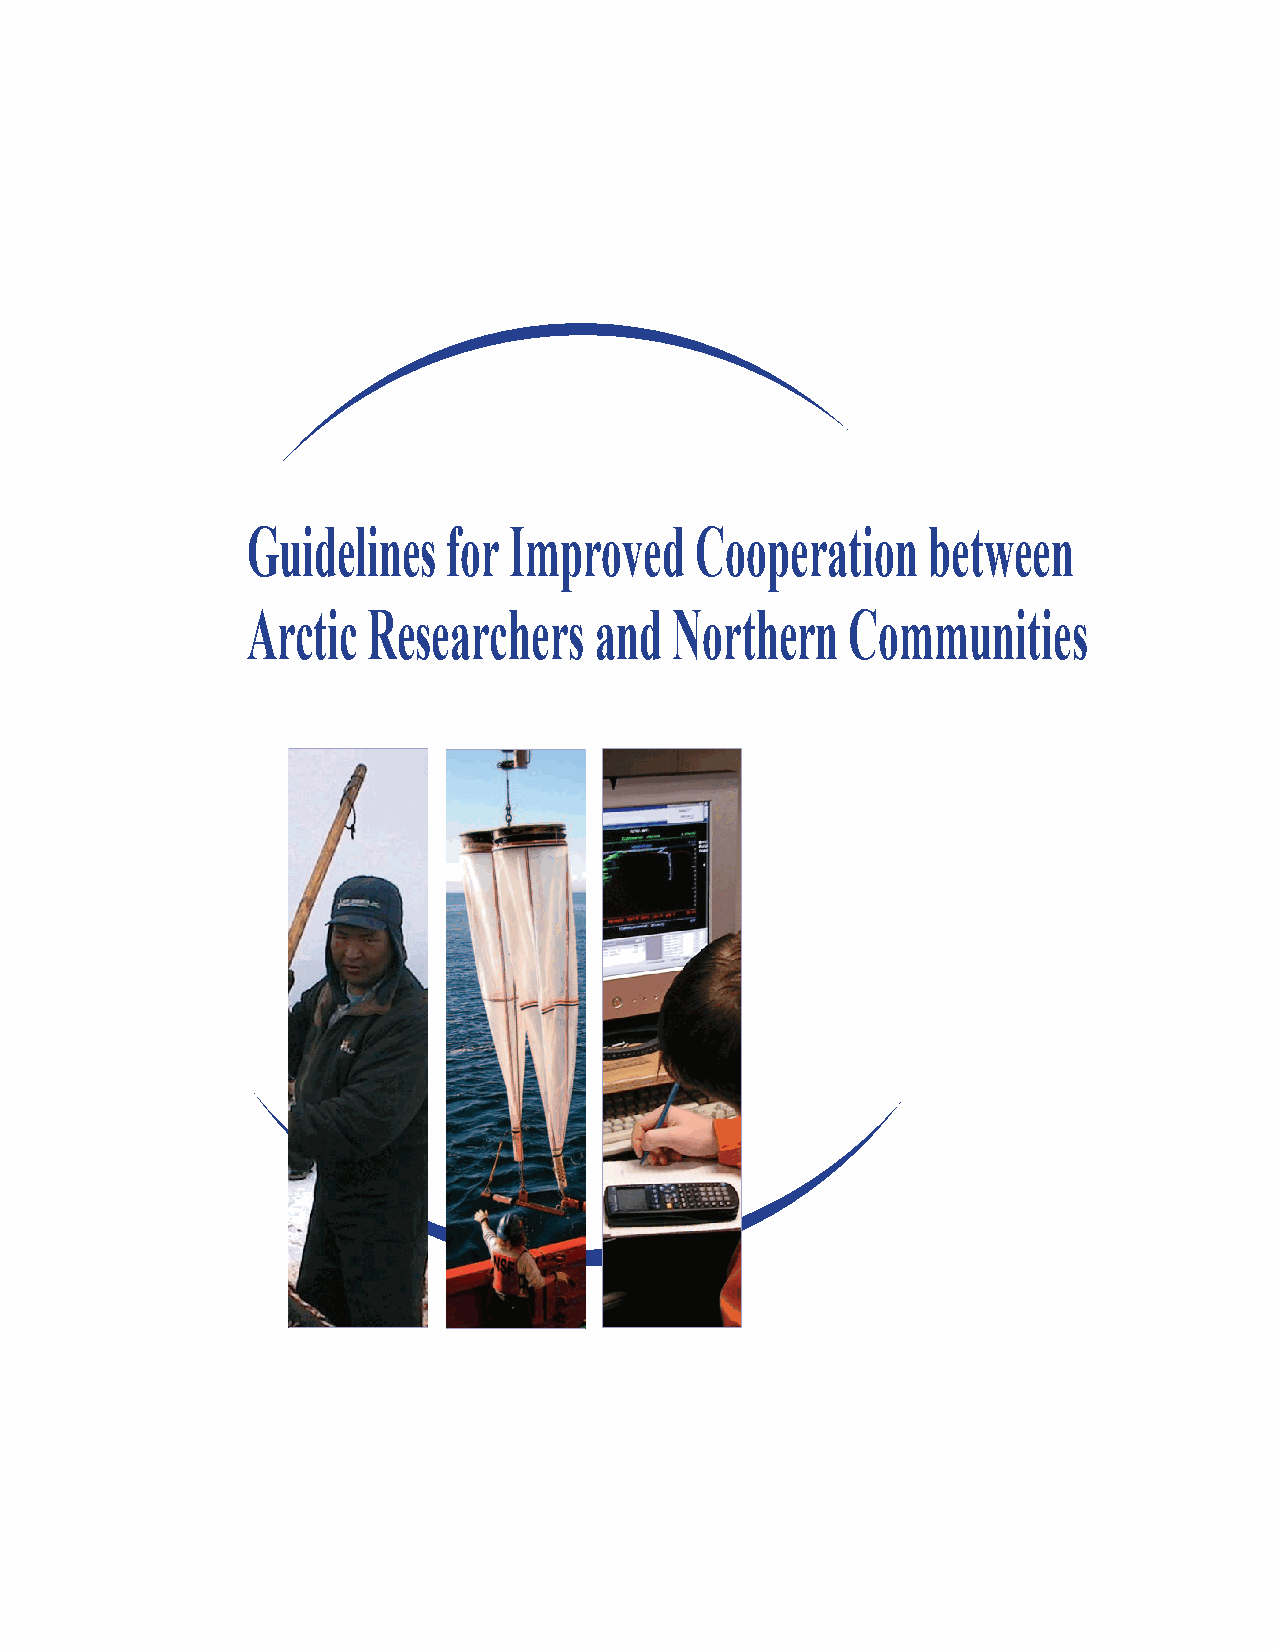
Guidelines    for Improved    Cooperation    between
 Arctic  Researchers    and   Northern   Communities